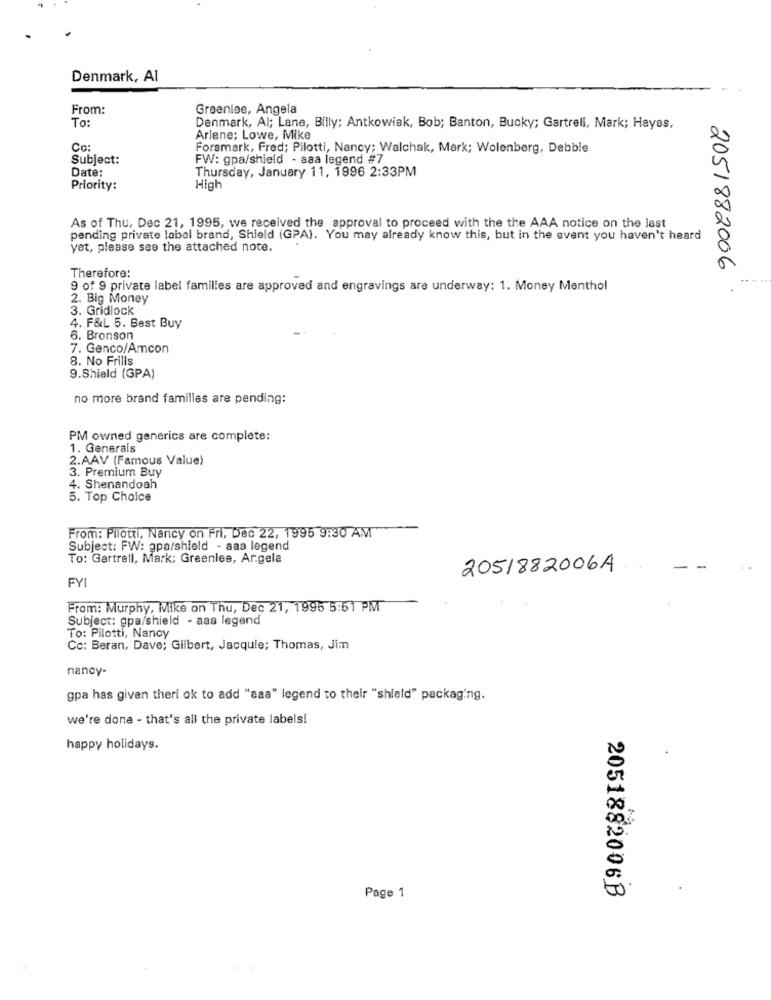
Denmark, Al
From:
Greenlee, Angela
To:
Denmark, Al; Lane, Billy; Antkowiak, Bob; Banton, Bucky; Gartrell, Mark; Hayes,
Arlene; Lowe, Mike
Co:
Forsmark, Fred; Pilotti, Nancy; Walchak, Mark; Wolenberg, Debble
Subject:
FW: gpa/shield - aaa legend #7
Date:
Thursday, January 11, 1996 2:33PM
Priority:
High
As of Thu, Dec 21, 1995, we received the approval to proceed with the the AAA notice on the last
pending private label brand, Shield (GPA). You may already know this, but in the event you haven't heard
yet, please see the attached note.
Therefore:
2051882006
9 of 9 private label familles are approved and engravings are underway: 1. Money Menthol
2. Big Money
3. Gridlock
4. F&L 5. Best Buy
6. Bronson
7. Genco/Amcon
8. No Frills
9.Shield (GPA)
no more brand familles are pending:
PM owned generics are complete:
1. Generals
2.AAV (Famous Value)
3. Premium Buy
4. Shenandoah
5. Top Choice
From: Pilotti, Nancy on Fri, Dec 22, 1995 9:30 AM
Subject: FW: gpa/shield - aaa legend
To: Gartrell, Mark; Greenlee, Argela
2051882006A
FYI
From: Murphy, Mike on Thu, Dec 21, 1995 5:51 PM
Subject: gpa/shield - aaa legend
To: Pilotti, Nancy
Cc: Beran, Dave; Gilbert, Jacquie; Thomas, Jim
nancy-
gpa has given theri ok to add "aaa" legend to their "shield" packaging.
we're done - that's all the private labels!
happy holidays.
2051882006B
Page 1